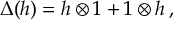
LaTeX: \Delta ( h ) = h \otimes 1 + 1 \otimes h \, ,